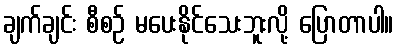
ချက်ချင်း စီစဉ် မပေးနိုင်သေးဘူးလို့ ပြောတာပါ။